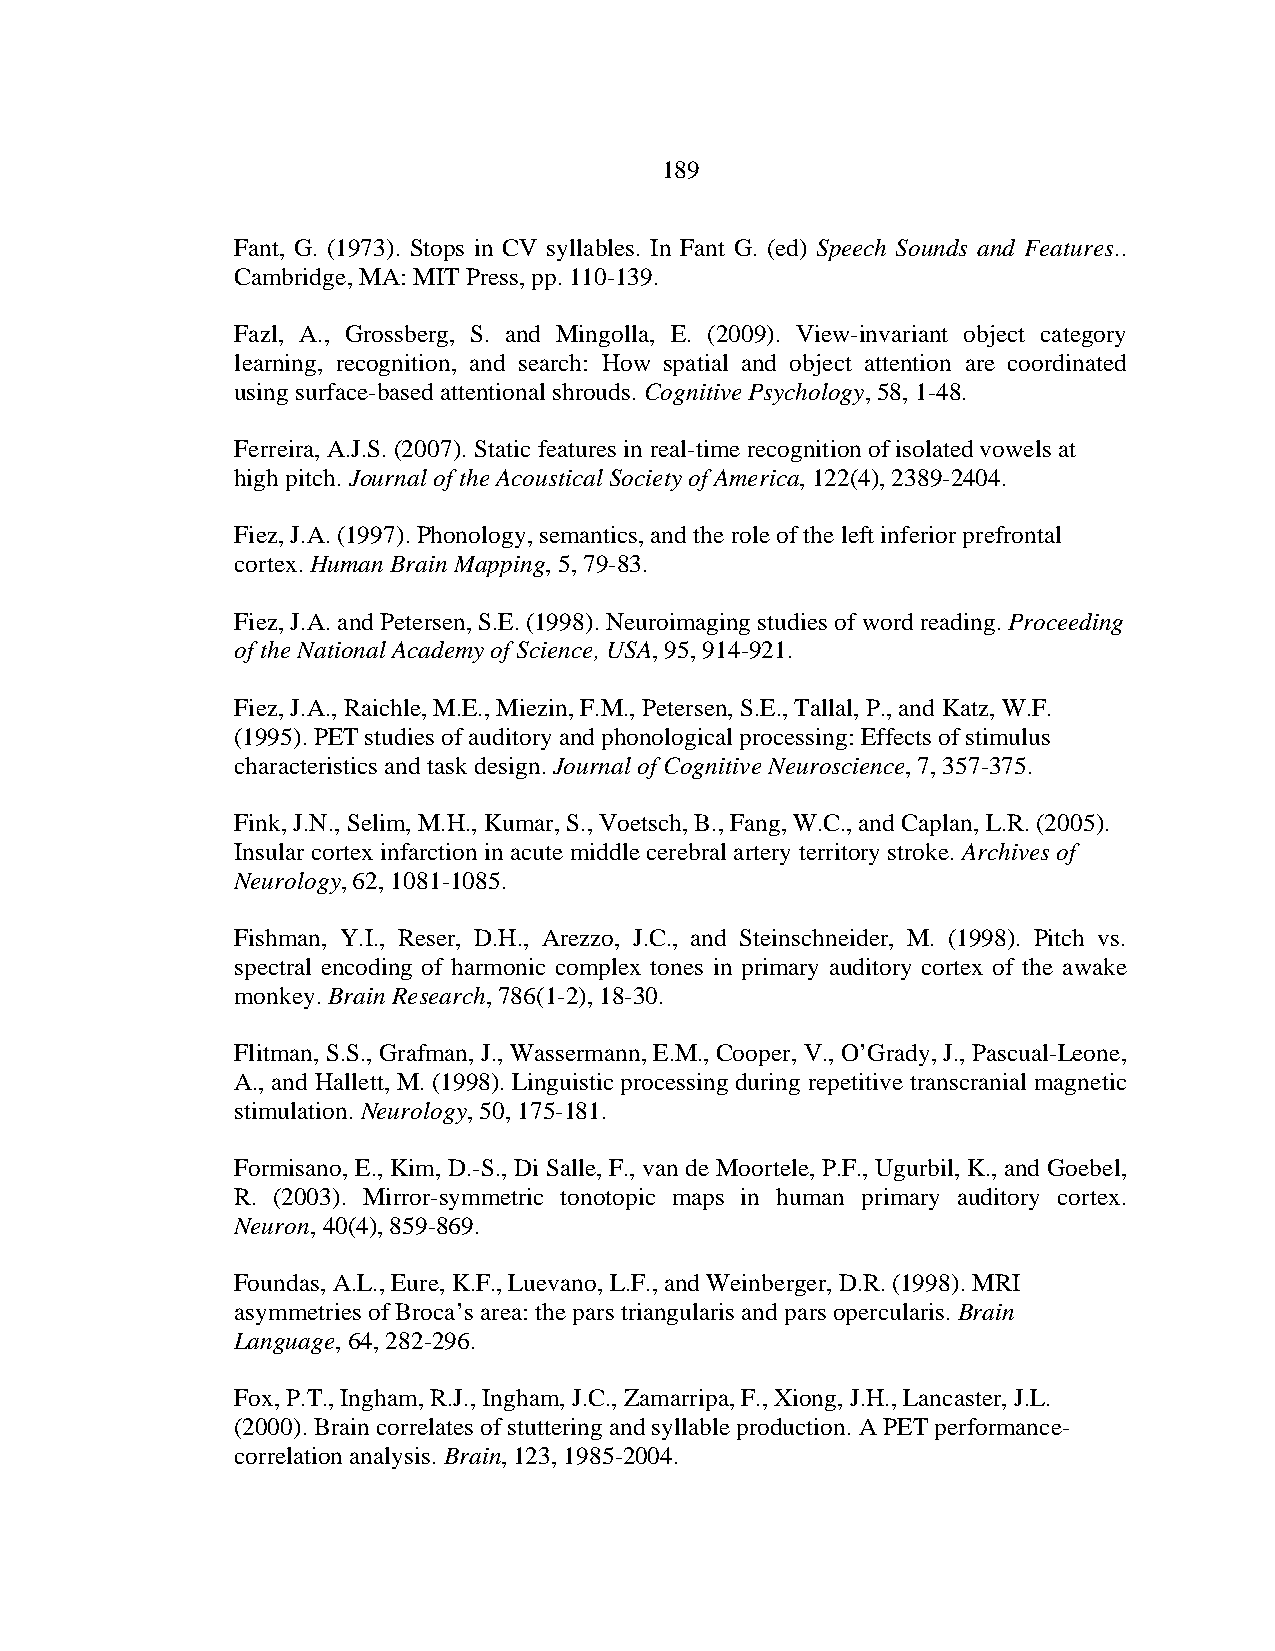
189
 Fant, G. (1973). Stops in CV syllables. In Fant G. (ed) Speech Sounds and Features..
 Cambridge, MA: MIT Press, pp. 110-139.
 Fazl, A., Grossberg, S. and Mingolla, E. (2009). View-invariant object category
 learning, recognition, and search: How spatial and object attention are coordinated
 using surface-based attentional shrouds. Cognitive Psychology, 58, 1-48.
 Ferreira, A.J.S. (2007). Static features in real-time recognition of isolated vowels at
 high pitch. Journal of the Acoustical Society of America, 122(4), 2389-2404.
 Fiez, J.A. (1997). Phonology, semantics, and the role of the left inferior prefrontal
 cortex. Human Brain Mapping, 5, 79-83.
 Fiez, J.A. and Petersen, S.E. (1998). Neuroimaging studies of word reading. Proceeding
 of the National Academy of Science, USA, 95, 914-921.
 Fiez, J.A., Raichle, M.E., Miezin, F.M., Petersen, S.E., Tallal, P., and Katz, W.F.
 (1995). PET studies of auditory and phonological processing: Effects of stimulus
 characteristics and task design. Journal of Cognitive Neuroscience, 7, 357-375.
 Fink, J.N., Selim, M.H., Kumar, S., Voetsch, B., Fang, W.C., and Caplan, L.R. (2005).
 Insular cortex infarction in acute middle cerebral artery territory stroke. Archives of
 Neurology, 62, 1081-1085.
 Fishman, Y.I., Reser, D.H., Arezzo, J.C., and Steinschneider, M. (1998). Pitch vs.
 spectral encoding of harmonic complex tones in primary auditory cortex of the awake
 monkey. Brain Research, 786(1-2), 18-30.
 Flitman, S.S., Grafman, J., Wassermann, E.M., Cooper, V., O’Grady, J., Pascual-Leone,
 A., and Hallett, M. (1998). Linguistic processing during repetitive transcranial magnetic
 stimulation. Neurology, 50, 175-181.
 Formisano, E., Kim, D.-S., Di Salle, F., van de Moortele, P.F., Ugurbil, K., and Goebel,
 R. (2003). Mirror-symmetric tonotopic maps in human primary auditory cortex.
 Neuron, 40(4), 859-869.
 Foundas, A.L., Eure, K.F., Luevano, L.F., and Weinberger, D.R. (1998). MRI
 asymmetries of Broca’s area: the pars triangularis and pars opercularis. Brain
 Language, 64, 282-296.
 Fox, P.T., Ingham, R.J., Ingham, J.C., Zamarripa, F., Xiong, J.H., Lancaster, J.L.
 (2000). Brain correlates of stuttering and syllable production. A PET performance-
 correlation analysis. Brain, 123, 1985-2004.